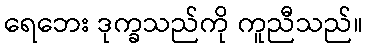
ရေဘေး ဒုက္ခသည်ကို ကူညီသည်။